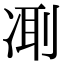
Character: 𠗜